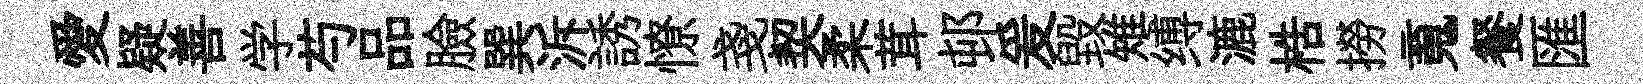
愛疑善学芍品臉巽泝誘憭戔契柔茸邨爰毁雉缚漉梏撈䰟餐匯